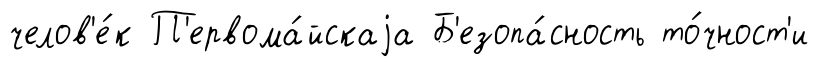
челов'е́к П'ервома́йскаjа Б'езопа́сность то́чност'и